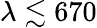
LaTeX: \lambda\lesssim 670